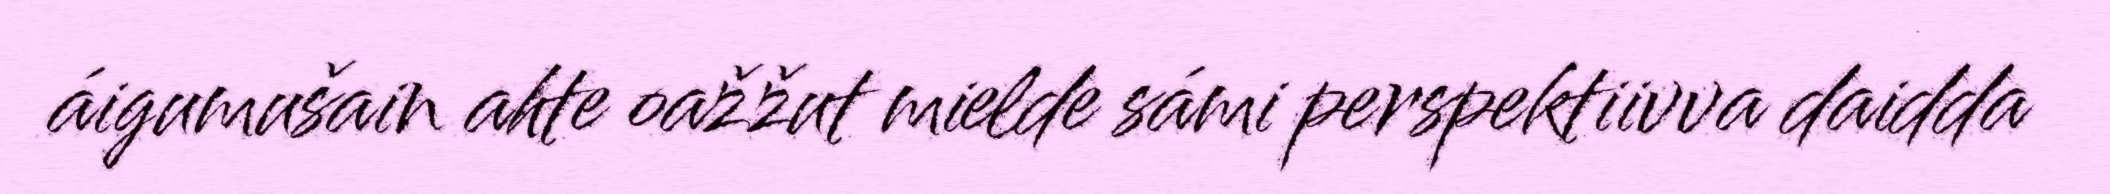
áigumušain ahte oažžut mielde sámi perspektiivva daidda